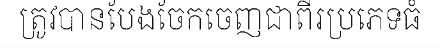
ត្រូវបានបែងចែកចេញជាពីរប្រភេទធំ